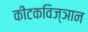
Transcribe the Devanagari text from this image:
कीटकविज्ञान